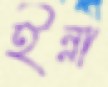
ইন্না